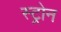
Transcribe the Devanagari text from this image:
स्ट्रोन